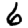
Digit: 6